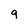
Character: 9